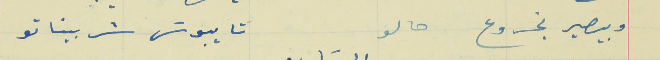
وبيصير يخروع حالو                                                     تا يبوسَ شربيناتو